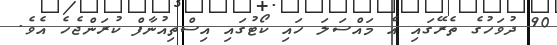
90 ދުވަހުގެ ތެރޭގައި އެ މައްސަލަ ހައި ކޯޓުގައި އިސްތިއުނާފް ކުރަންޖެހެ އެވެ.